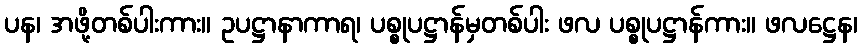
ပန၊ အဖို့တစ်ပါးကား။ ဥပဋ္ဌာနာကာရ၊ ပစ္စုပဋ္ဌာန်မှတစ်ပါး ဖလ ပစ္စုပဋ္ဌာန်ကား။ ဖလဋ္ဌေန၊